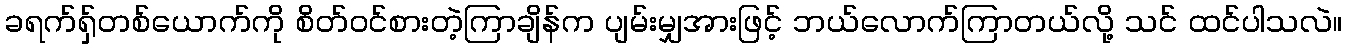
ခရက်ရှ်တစ်ယောက်ကို စိတ်ဝင်စားတဲ့ကြာချိန်က ပျမ်းမျှအားဖြင့် ဘယ်လောက်ကြာတယ်လို့ သင် ထင်ပါသလဲ။